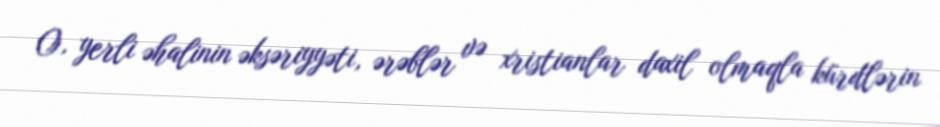
O, yerli əhalinin əksəriyyəti, ərəblər və xristianlar daxil olmaqla kürdlərin